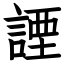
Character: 諲